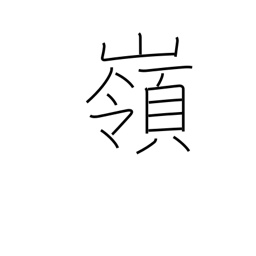
Meaning: summit